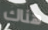
هناك